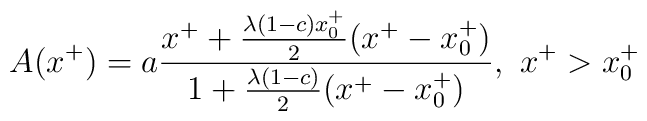
A(x^{+})=a {x^{+} + {\lambda (1-c)x^{+}_{0} \over 2} (x^{+}-x^{+}_{0}) \over1+{\lambda (1-c)\over 2}(x^{+}-x^{+}_{0})}, \ x^+>x^+_0